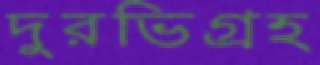
দুরভিগ্রহ